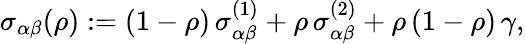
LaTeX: \sigma_{\alpha\beta}(\rho):=(1-\rho)\, \sigma_{\alpha\beta}^{(1)}+\rho\, \sigma_{\alpha\beta}^{(2)}+\rho\, (1-\rho)\, \gamma,